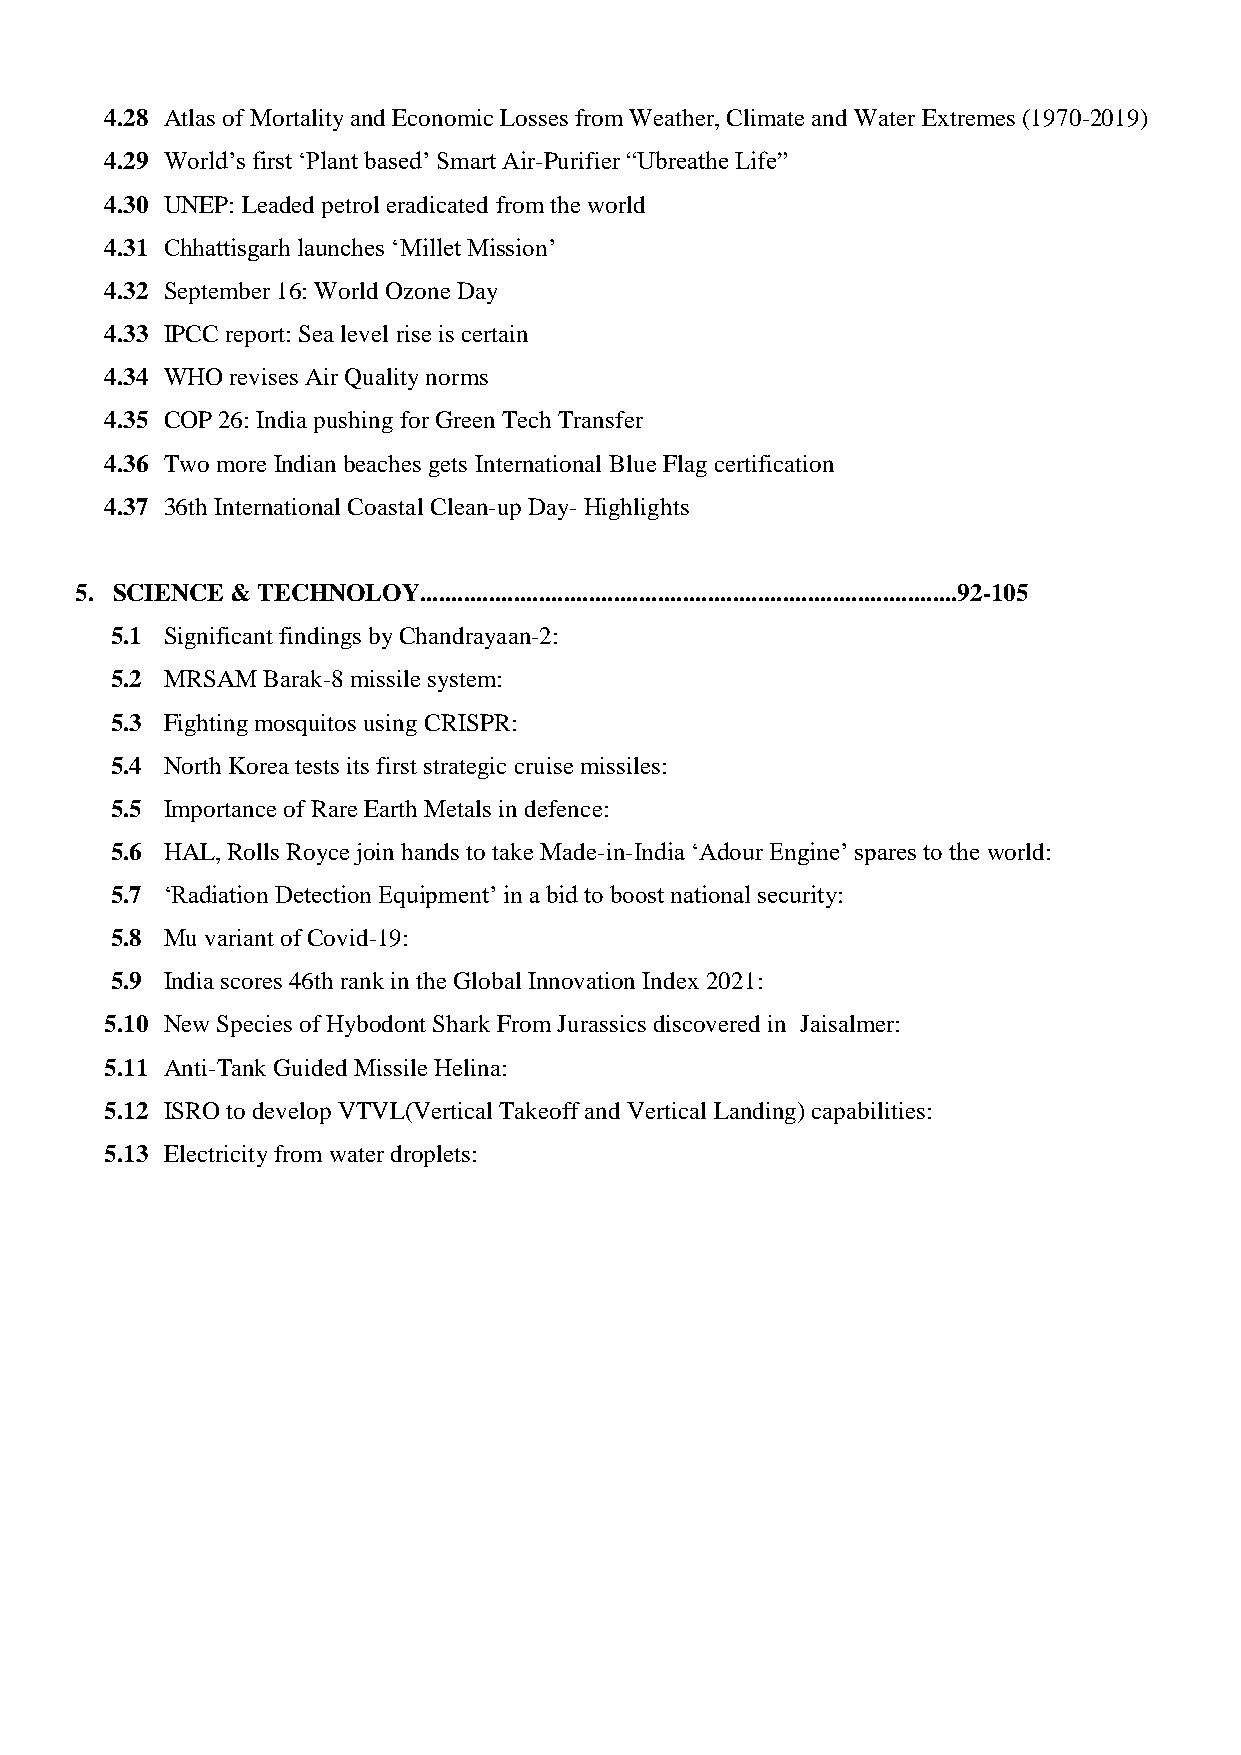
4.28 Atlas of Mortality and Economic Losses from Weather, Climate and Water Extremes (1970-2019)
 4.29 World’s first ‘Plant based’ Smart Air-Purifier “Ubreathe Life”
 4.30 UNEP: Leaded petrol eradicated from the world
 4.31 Chhattisgarh launches ‘Millet Mission’
 4.32 September 16: World Ozone Day
 4.33 IPCC report: Sea level rise is certain
 4.34 WHO revises Air Quality norms
 4.35 COP 26: India pushing for Green Tech Transfer
 4.36 Two more Indian beaches gets International Blue Flag certification
 4.37 36th International Coastal Clean-up Day- Highlights
 5. SCIENCE & TECHNOLOY......................................................................................92-105
 5.1 Significant findings by Chandrayaan-2:
 5.2 MRSAM Barak-8 missile system:
 5.3 Fighting mosquitos using CRISPR:
 5.4 North Korea tests its first strategic cruise missiles:
 5.5 Importance of Rare Earth Metals in defence:
 5.6 HAL, Rolls Royce join hands to take Made-in-India ‘Adour Engine’ spares to the world:
 5.7 ‘Radiation Detection Equipment’ in a bid to boost national security:
 5.8 Mu variant of Covid-19:
 5.9 India scores 46th rank in the Global Innovation Index 2021:
 5.10 New Species of Hybodont Shark From Jurassics discovered in Jaisalmer:
 5.11 Anti-Tank Guided Missile Helina:
 5.12 ISRO to develop VTVL(Vertical Takeoff and Vertical Landing) capabilities:
 5.13 Electricity from water droplets: